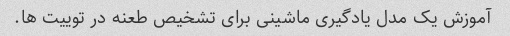
آموزش یک مدل یادگیری ماشینی برای تشخیص طعنه در توییت ها.